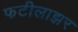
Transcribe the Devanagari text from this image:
फटीलाझर